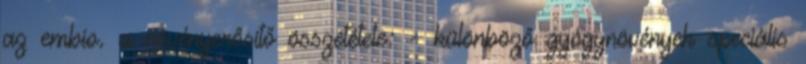
az embio. a növényerősítő összetétele: - különböző gyógynövények speciális